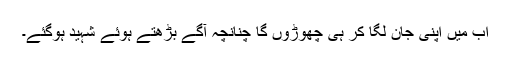
اب میں اپنی جان لگا کر ہی چھوڑوں گا چنانچہ آگے بڑھتے ہوئے شہید ہوگئے۔